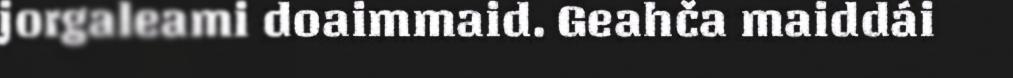
jorgaleami doaimmaid. Geahča maiddái